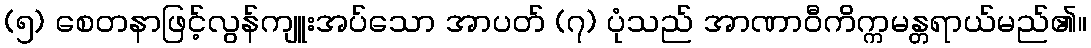
(၅) စေတနာဖြင့်လွန်ကျူးအပ်သော အာပတ် (၇) ပုံသည် အာဏာဝီကိက္ကမန္တရာယ်မည်၏။